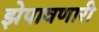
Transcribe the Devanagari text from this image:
झेपावणारी